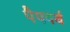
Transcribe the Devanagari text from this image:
पैपवर्थ